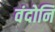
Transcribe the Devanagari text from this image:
वंदोनि